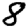
Digit: 8